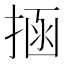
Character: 𭡝